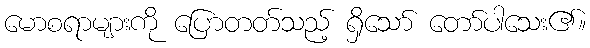
မောစရာများကို ပြောတတ်သည့် ရှိသော် တော်ပါသေး၏။